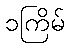
၁ကြိမ်